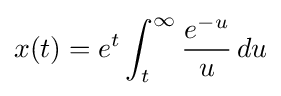
x(t)=e^{t}\int _{t}^{\infty }{\frac {e^{-u}}{u}}\,du